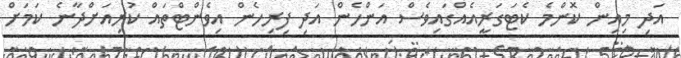
އަދި މިއިން ކޮންމެ ކެޓަގަރީއެއްގައިވެސް އަންހެން އަދި ފިރިހެން އިވެންޓްތައް ކުރިއަށްދާނެ ކަމަށް